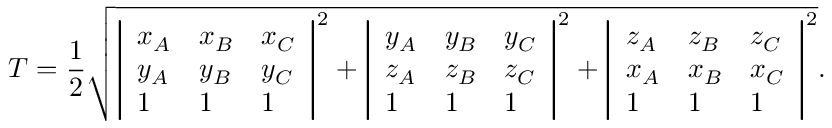
T = { \frac { 1 } { 2 } } { \sqrt { { \left| \begin{array} { l l l } { x _ { A } } & { x _ { B } } & { x _ { C } } \\ { y _ { A } } & { y _ { B } } & { y _ { C } } \\ { 1 } & { 1 } & { 1 } \end{array} \right| } ^ { 2 } + { \left| \begin{array} { l l l } { y _ { A } } & { y _ { B } } & { y _ { C } } \\ { z _ { A } } & { z _ { B } } & { z _ { C } } \\ { 1 } & { 1 } & { 1 } \end{array} \right| } ^ { 2 } + { \left| \begin{array} { l l l } { z _ { A } } & { z _ { B } } & { z _ { C } } \\ { x _ { A } } & { x _ { B } } & { x _ { C } } \\ { 1 } & { 1 } & { 1 } \end{array} \right| } ^ { 2 } } } .